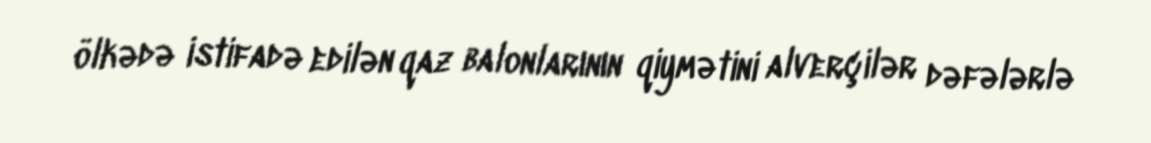
ölkədə istifadə edilən qaz balonlarının qiymətini alverçilər dəfələrlə